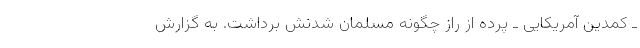
ـ کمدین آمریکایی ـ پرده از راز چگونه مسلمان شدنش برداشت. به گزارش